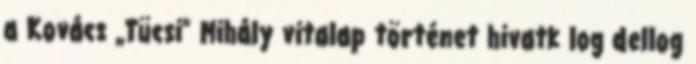
a Kovács „Tücsi” Mihály vitalap történet hivatk log dellog